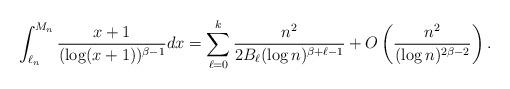
LaTeX: \begin{align*} \int_{\ell_n}^{M_n} \frac{x+1}{(\log(x+1))^{\beta-1}}dx=\sum_{\ell=0}^k\frac{n^2}{2B_\ell(\log n)^{\beta+\ell-1}} +O\left(\frac{n^2}{(\log n)^{2\beta-2}}\right).\end{align*}